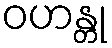
ဝဟန္တု